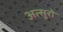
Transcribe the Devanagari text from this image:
अत्सुरो